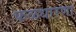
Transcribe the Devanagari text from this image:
फळधारणा